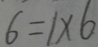
6 = 1 \times 6